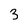
Character: 3